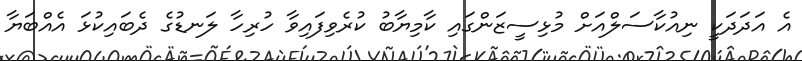
އެ އަދަދަކީ ނިއުކާސަލްއަށް މުޅިސީޒަންގައި ކާމިޔާބު ކުރެވިފައިވާ ހުރިހާ ލަނޑުގެ ދެބައިކުޅަ އެއްބަޔާ